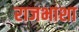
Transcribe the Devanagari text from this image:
राजभाशा